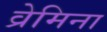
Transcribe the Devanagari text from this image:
व्रेमिना